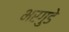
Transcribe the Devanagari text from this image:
भरगुडे